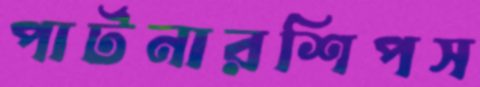
পার্টনারশিপস